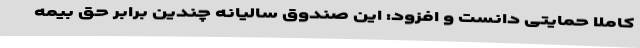
کاملا حمایتی دانست و افزود: این صندوق سالیانه چندین برابر حق بیمه